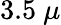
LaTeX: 3.5~\mu